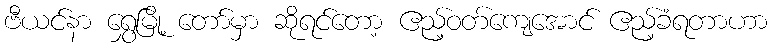
ဗီယင်နာ ရွှေမြို့ တော်မှာ ဆိုရင်တော့ ဧည့်ဝတ်ကျေအောင် ဧည့်ခံရတာဟာ